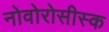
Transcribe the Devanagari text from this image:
नोवोरोसीस्क